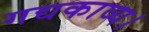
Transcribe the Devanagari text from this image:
गद्यकाव्य।